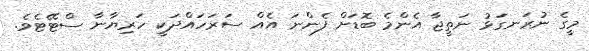
މީގެ ނުރަނގަޅު ނަތީޖާ އެންމެ ބޮޑަށް ފެންނަ އެއް ސަރަހައްދަކީ ހަރިޔާނާ ސްޓޭޓެވެ.